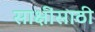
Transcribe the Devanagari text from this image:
साक्षींसाठी